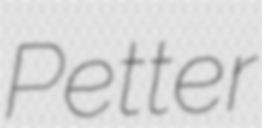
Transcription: Petter